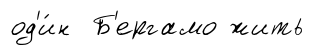
од'и́н Б'ергамо жить